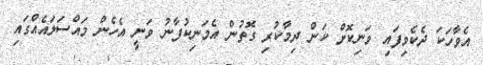
އެވާހަކަ ދެކެވިފައި ވަނިކޮށް ކަން ދިމާކުރި ގޮތުން އެމަނިކުފާނު ވަނީ އެހެން މައްސަލައެއްގައި